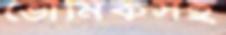
ভৌমিকসহ